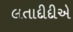
લતાદીદીએ